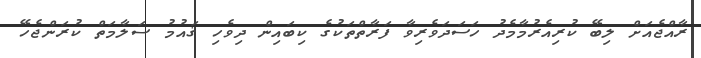
ރާއްޖެއަށް ލިބޭ ކުރިއެރުމާމެދު ހަސަދަވެރިވާ ފަރާތްތަކުގެ ކިބައިން ދިވެހި ޤައުމު ސަލާމަތް ކުރަންޖެހޭ